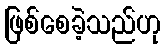
ဖြစ်စေခဲ့သည်ဟု